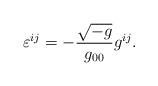
LaTeX: \begin{align*} \varepsilon^{i j} = - \frac{\sqrt{-g}}{g_{0 0}} g^{i j}.\end{align*}